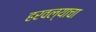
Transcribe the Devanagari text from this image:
हरवल्याचा